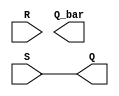
module SR_latch(S, R, Q, Q_bar);

input S, R;
output reg Q, Q_bar;

always @({S, R}) begin
    Q <= S;
end

endmodule